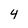
Character: 4